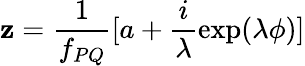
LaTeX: \mathbf{z}=\frac{{1}}{{f_{PQ}}}[a+\frac{{i}}{{\lambda}}\exp(\lambda\phi)]